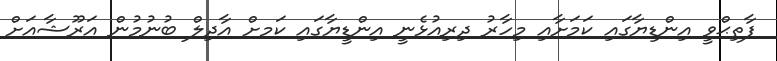
ފާތިޙްވީ އިންޑިޔާގައި ކަމަށާއި މިހާރު ދިރިއުޅެނީ އިންޑީޔާގައި ކަމށް އާދިލް ބުނުމުން އަރޫޝާއަށް